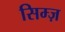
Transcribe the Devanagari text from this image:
सिम्ज़